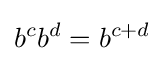
b^{c}b^{d}=b^{c+d}